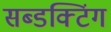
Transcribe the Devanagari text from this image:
सब्डक्टिंग